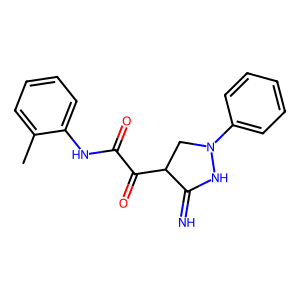
SMILES: Cc1ccccc1NC(=O)C(=O)C1CN(c2ccccc2)NC1=N
Inhibits HIV replication: No